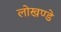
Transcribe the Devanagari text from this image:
लोखण्डे